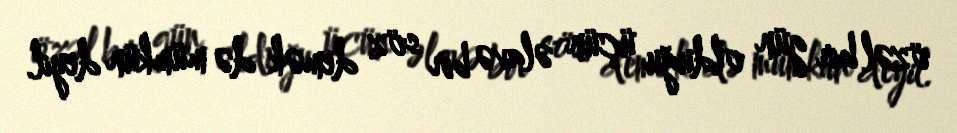
özəl bir gün olduğu üçün əlavə bir söz demək də mümkün deyil.